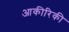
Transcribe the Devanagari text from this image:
आकीरिकी